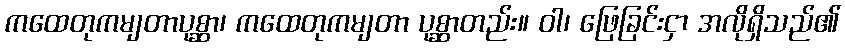
ကထေတုကမျတာပုစ္ဆာ၊ ကထေတုကမျတာ ပုစ္ဆာတည်း။ ဝါ၊ ဖြေခြင်းငှာ အလိုရှိသည်၏